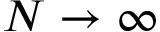
N \rightarrow \infty